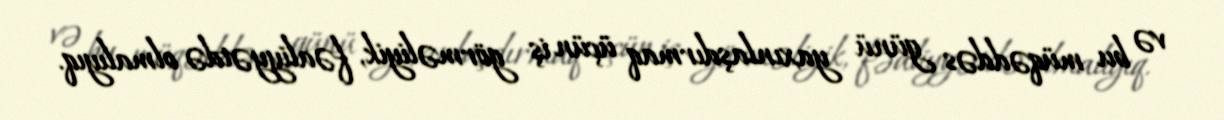
və bu müqəddəs günü yaxınlaşdırmaq üçün iş görməliyik, fəaliyyətdə olmalıyıq.